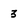
Character: 3